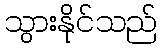
သွားနိုင်သည်